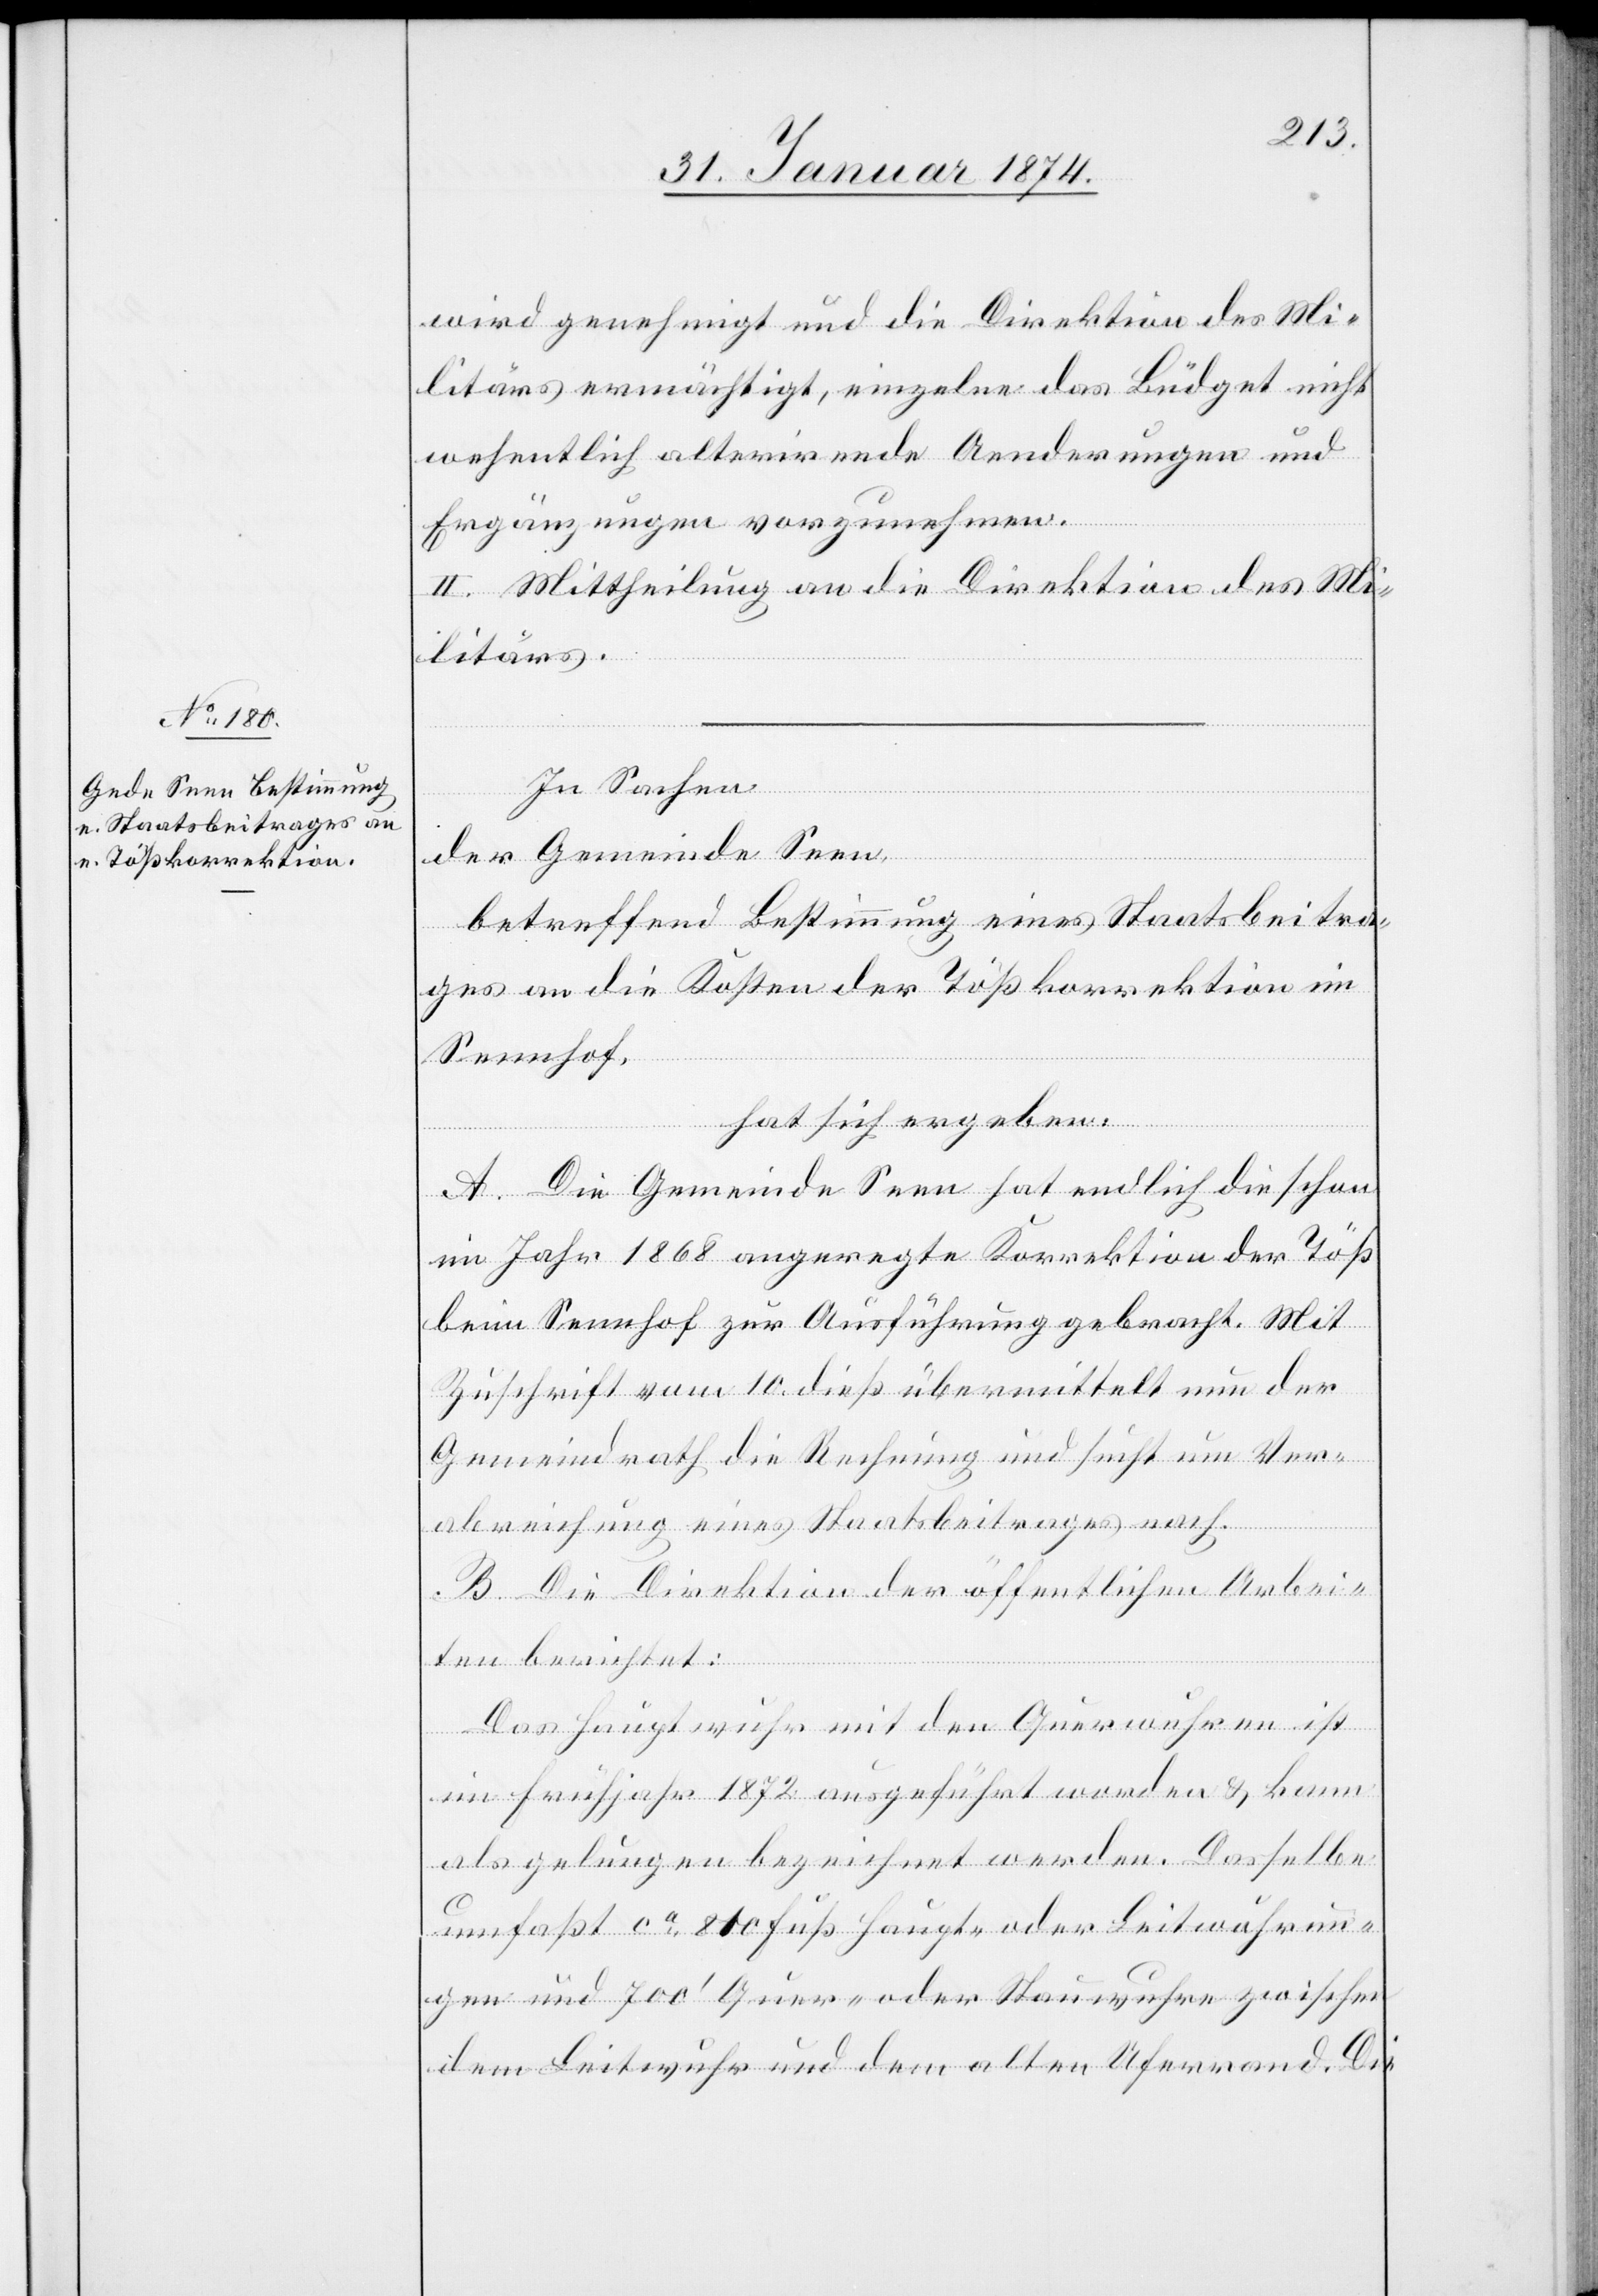
wird genehmigt und die Direktion des Mi¬
litärs ermächtigt, einzelne das Büdget nicht
wesentlich alterirende Aenderungen und
Ergänzungen vorzunehmen.
II. Mittheilung an die Direktion des Mi¬
litärs.
In Sachen
der Gemeinde Seen,
betreffend Bestimmung eines Staatsbeitra¬
ges an die Kosten der Tößkorrektion im
Seenhof,
hat sich ergeben:
A. Die Gemeinde Seen hat endlich die schon
im Jahr 1868 angeregte Korrektion der Töß
beim Seenhof zur Ausführung gebracht. Mit
Zuschrift vom 10. dieß übermittelt nun der
Gemeindrath die Rechnung und sucht um Ver¬
abreichung eines Staatsbeitrages nach.
B. Die Direktion der öffentlichen Arbei¬
ten berichtet:
Das Hauptwuhr mit den Querwuhren ist
im Frühjahr 1872 ausgeführt worden & kann
als gelungen bezeichnet werden. Dasselbe
umfaßt ca 810 Fuß Haupt- oder Leitwuhrun¬
gen und 700‘ Quer- oder Stauwuhren zwischen
dem Leitwuhr und dem alten Uferrand. Die